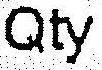
QTY